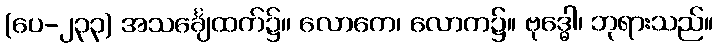
(ပေ-၂၃၃) အသင်္ချေထက်၌။ လောကေ၊ လောက၌။ ဗုဒ္ဓေါ၊ ဘုရားသည်။